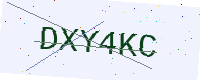
Text: DXY4KC